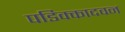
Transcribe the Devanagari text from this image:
पडिक्कादवन